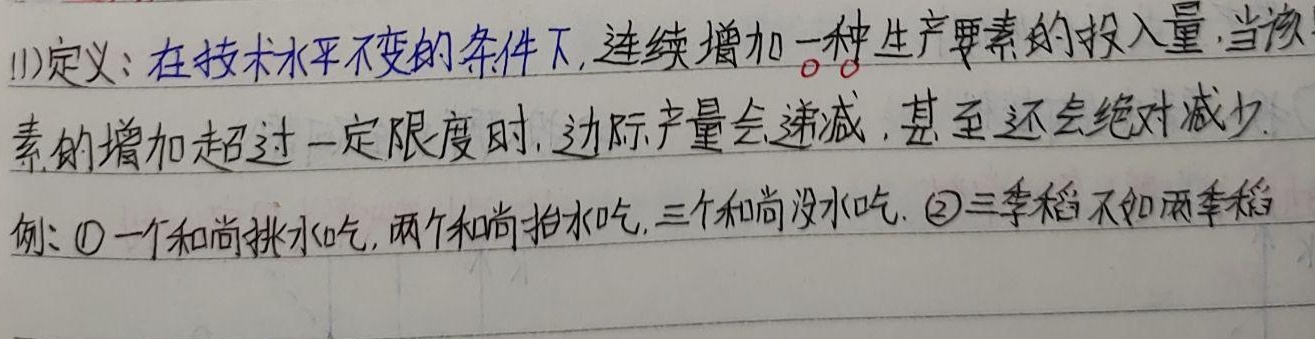
(1)定义：在技术水平不变的条件下，连续增加一种生产要素的投入量，当该要素的增加超过一定限度时，边际产量会递减，甚至还会绝对减少.例：\textcircled{1}一个和尚挑水吃，两个和尚抬水吃，三个和尚没水吃. \textcircled{2}三季稻不如两季稻